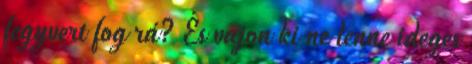
fegyvert fog rá? És vajon ki ne lenne ideges